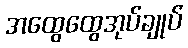
အထွေထွေအုပ်ချုပ်